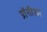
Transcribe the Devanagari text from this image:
प्रॉलीफ़र